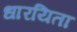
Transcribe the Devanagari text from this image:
धारयिता